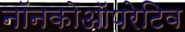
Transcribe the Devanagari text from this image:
नॉनकोऑपरेटिव